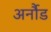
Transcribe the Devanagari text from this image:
अर्नौड